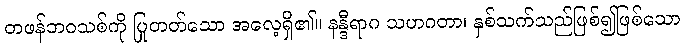
တဖန်ဘဝသစ်ကို ပြုတတ်သော အလေ့ရှိ၏။ နန္ဒီရာဂ သဟဂတာ၊ နှစ်သက်သည်ဖြစ်၍ဖြစ်သော